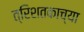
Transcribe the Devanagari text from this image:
त्रिशतकाच्या